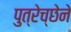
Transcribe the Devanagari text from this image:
पुत्रेच्छेने